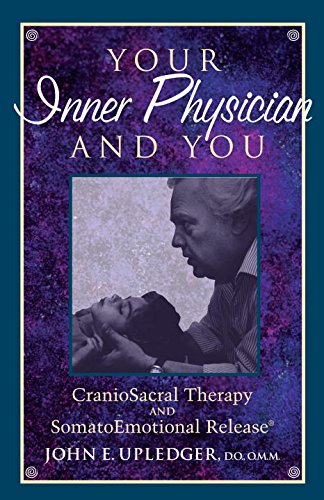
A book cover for Your Inner Physician and You: Craniosacral Therapy and Somatoemotional Release; John E. Upledger; Medical Books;